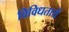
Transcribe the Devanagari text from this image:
विविधतायें